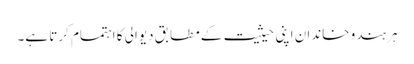
ہر ہندو خاندان اپنی حیثیت کے مطابق دیوالی کا اہتمام کرتا ہے۔